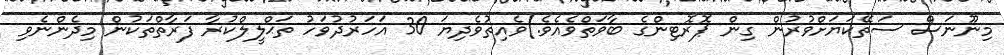
މިނޫނަސް ސަތޭކަޔަށްވުރުން ގިން ޕޮރޮޓިންގެ ބާވަތްވެއެވެ.)ވެއިތުވެދިޔަ 30 އަހަރުދުވަހު ތަޙްލީލްކުރާ ފަރާތްތަކުން މިދެންނެވި